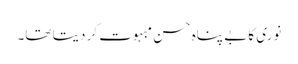
نوری کا بے پناہ حسن مبہوت کر دیتا تھا۔